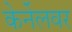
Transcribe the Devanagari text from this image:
केर्नेलवर